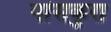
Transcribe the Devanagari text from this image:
पांसकुरा